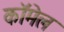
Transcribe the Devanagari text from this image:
कॉमेल